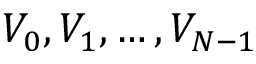
V _ { 0 } , V _ { 1 } , \dots , V _ { N - 1 }